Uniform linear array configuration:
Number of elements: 16
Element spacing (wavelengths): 0.5
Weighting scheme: cosine
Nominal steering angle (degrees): -60
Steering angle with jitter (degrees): -60.75
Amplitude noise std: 0.05
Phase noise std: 0.05

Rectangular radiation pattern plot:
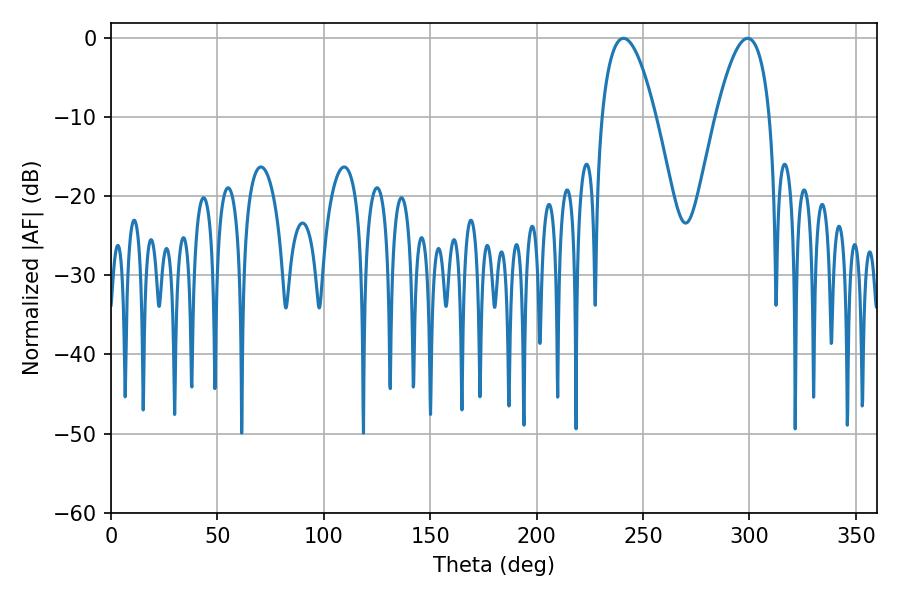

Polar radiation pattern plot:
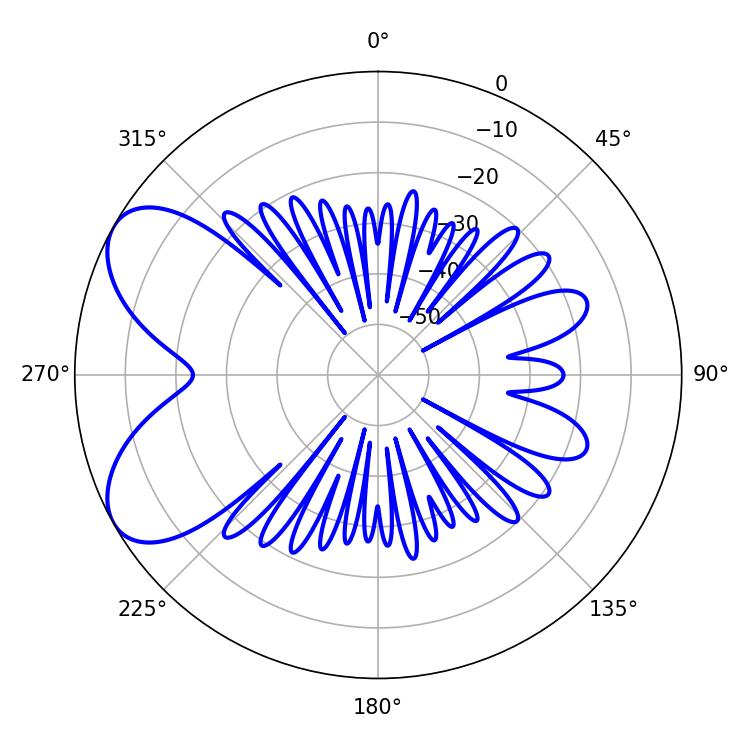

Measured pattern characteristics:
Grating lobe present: FALSE
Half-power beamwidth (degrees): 14.04
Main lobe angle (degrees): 240.84